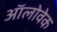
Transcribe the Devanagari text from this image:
ऑलोवेक